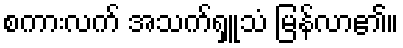
စကားလက် အသက်ရှူသံ မြန်လာ၏။